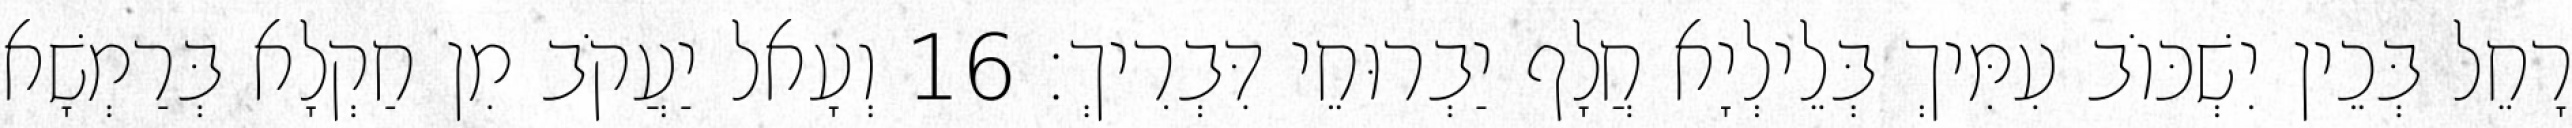
רָחֵל בְּכֵין יִשְׁכּוֹב עִמִּיךְ בְּלֵילְיָא חֲלָף יַבְרוּחֵי דִּבְרִיךְ׃ 16 וְעָאל יַעֲקֹב מִן חַקְלָא בְּרַמְשָׁא